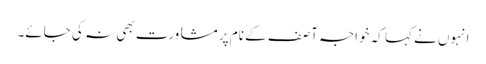
انہوں نے کہا کہ خواجہ آصف کے نام پر مشاورت بھی نہ کی جائے۔